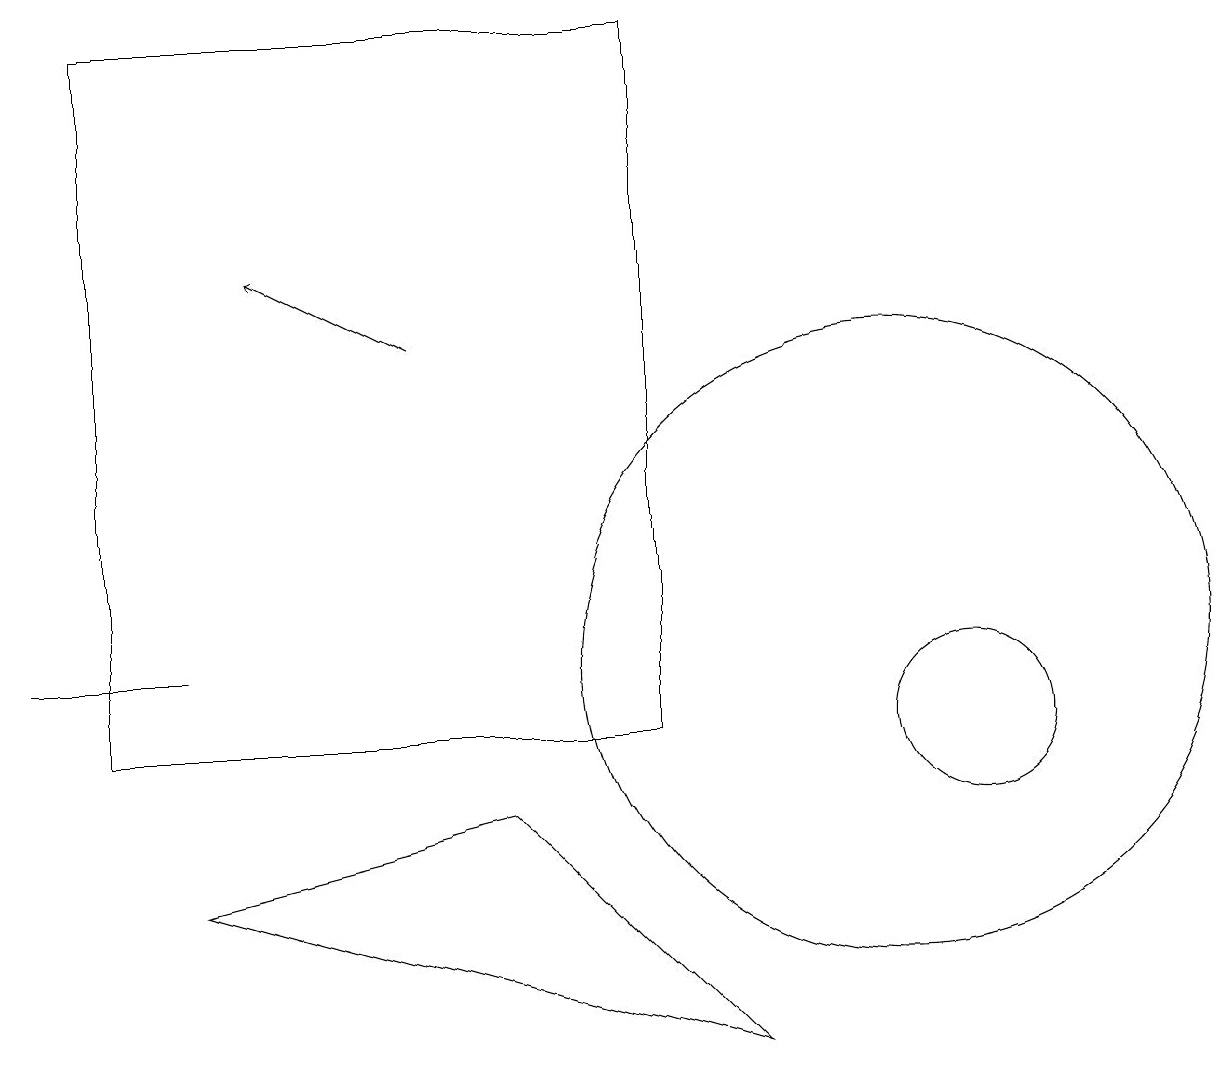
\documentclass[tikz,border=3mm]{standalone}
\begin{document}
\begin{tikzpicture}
\draw (0,11) rectangle (2,11);
\draw (10,12) circle (0);
\draw (11,11) circle (4);
\draw (2,8) -- (6,9) -- (9,6) -- cycle;
\draw (1,19) rectangle (8,10);
\draw[->] (5,15) -- (3,16);
\draw (12,10) circle (1);
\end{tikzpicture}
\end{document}